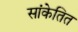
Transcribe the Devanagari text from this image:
सांकेतित